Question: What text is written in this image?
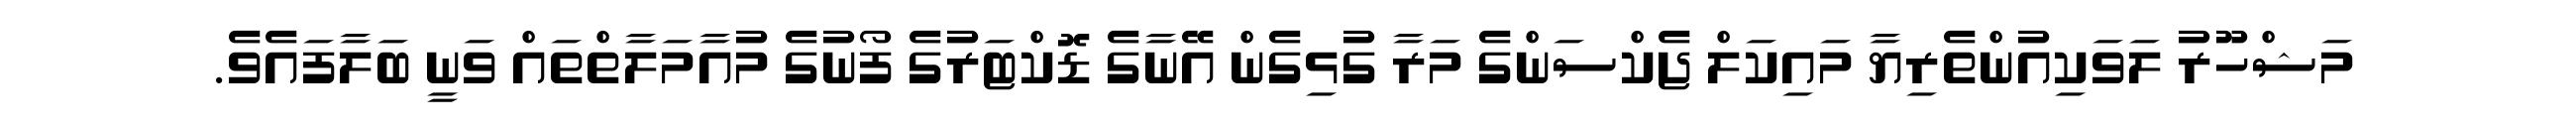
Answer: މަޝްހޫރު ލަވަކިއުންތެރިޔާ މައިކަލް ޖެކްސަންގެ މަރާ ގުޅިގެން އޭނާގެ ޑޮކްޓަރުގެ ފޯނުގެ މުއާމަލާތްތައް ވަނީ ބަލާފައެވެ.